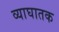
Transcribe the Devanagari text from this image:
व्याघातक